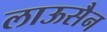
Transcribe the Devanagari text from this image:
लाऊसैन